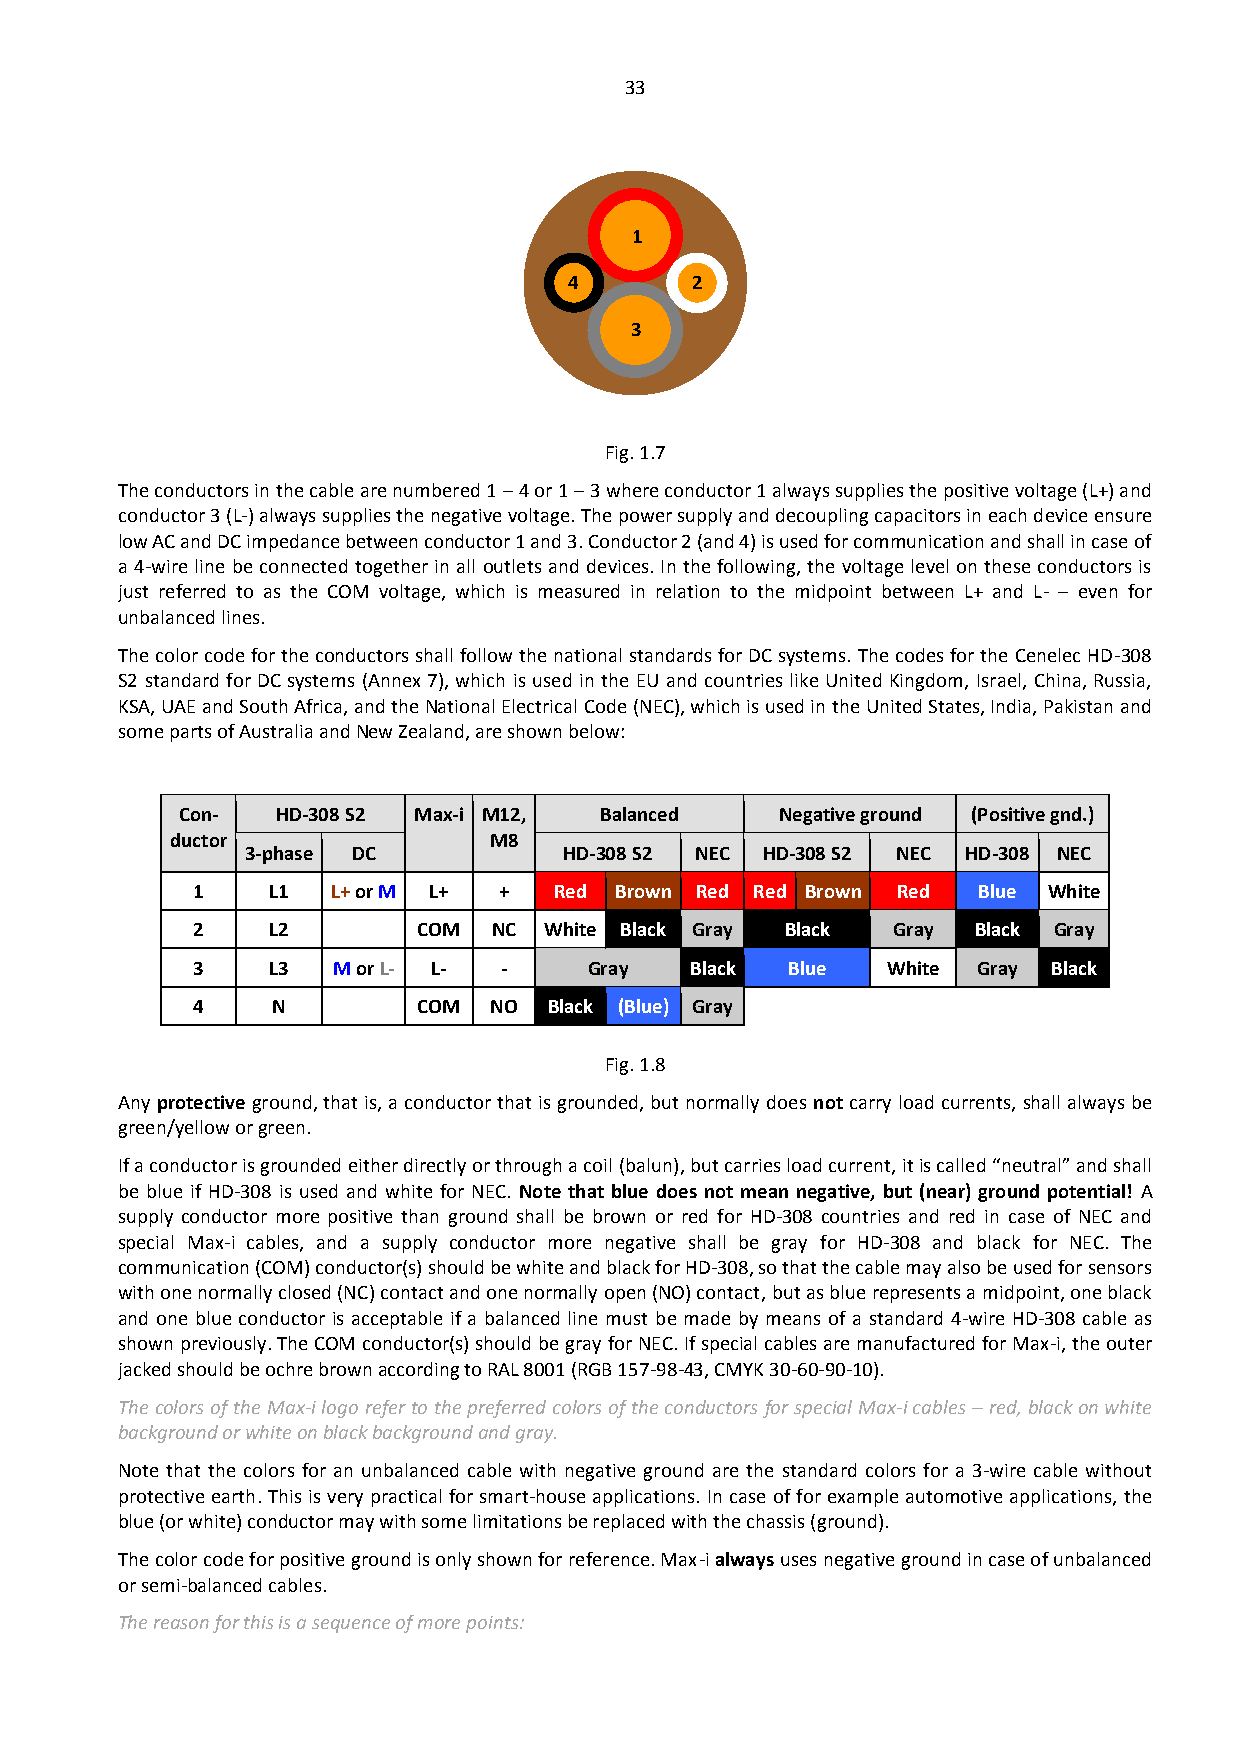
33
 1
 4       2
 3
 Fig. 1.7
 The conductors in the cable are numbered 1 – 4 or 1 – 3 where conductor 1 always supplies the positive voltage (L+) and
 conductor 3 (L-) always supplies the negative voltage. The power supply and decoupling capacitors in each device ensure
 low AC and DC impedance between conductor 1 and 3. Conductor 2 (and 4) is used for communication and shall in case of
 a 4-wire line be connected together in all outlets and devices. In the following, the voltage level on these conductors is
 just referred to as the COM voltage, which is measured in relation to the midpoint between L+ and L- – even for
 unbalanced lines.
 The color code for the conductors shall follow the national standards for DC systems. The codes for the Cenelec HD-308
 S2 standard for DC systems (Annex 7), which is used in the EU and countries like United Kingdom, Israel, China, Russia,
 KSA, UAE and South Africa, and the National Electrical Code (NEC), which is used in the United States, India, Pakistan and
 some parts of Australia and New Zealand, are shown below:
 Con-  HD-308 S2 Max-i M12,  Balanced    Negative ground (Positive gnd.)
 ductor               M8
 3-phase DC           HD-308 S2 NEC HD-308 S2 NEC HD-308 NEC
 1    L1  L+ or M L+ +   Red Brown Red Red Brown Red Blue White
 2    L2        COM  NC White Black Gray Black Gray Black Gray
 3    L3  M or L- L- -     Gray   Black Blue   White Gray Black
 4    N         COM NO  Black (Blue) Gray
 Fig. 1.8
 Any protective ground, that is, a conductor that is grounded, but normally does not carry load currents, shall always be
 green/yellow or green.
 If a conductor is grounded either directly or through a coil (balun), but carries load current, it is called “neutral” and shall
 be blue if HD-308 is used and white for NEC. Note that blue does not mean negative, but (near) ground potential! A
 supply conductor more positive than ground shall be brown or red for HD-308 countries and red in case of NEC and
 special Max-i cables, and a supply conductor more negative shall be gray for HD-308 and black for NEC. The
 communication (COM) conductor(s) should be white and black for HD-308, so that the cable may also be used for sensors
 with one normally closed (NC) contact and one normally open (NO) contact, but as blue represents a midpoint, one black
 and one blue conductor is acceptable if a balanced line must be made by means of a standard 4-wire HD-308 cable as
 shown previously. The COM conductor(s) should be gray for NEC. If special cables are manufactured for Max-i, the outer
 jacked should be ochre brown according to RAL 8001 (RGB 157-98-43, CMYK 30-60-90-10).
 The colors of the Max-i logo refer to the preferred colors of the conductors for special Max-i cables – red, black on white
 background or white on black background and gray.
 Note that the colors for an unbalanced cable with negative ground are the standard colors for a 3-wire cable without
 protective earth. This is very practical for smart-house applications. In case of for example automotive applications, the
 blue (or white) conductor may with some limitations be replaced with the chassis (ground).
 The color code for positive ground is only shown for reference. Max-i always uses negative ground in case of unbalanced
 or semi-balanced cables.
 The reason for this is a sequence of more points: